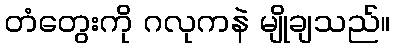
တံတွေးကို ဂလုကနဲ မျိုချသည်။